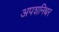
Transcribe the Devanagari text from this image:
अपशनिच्चर